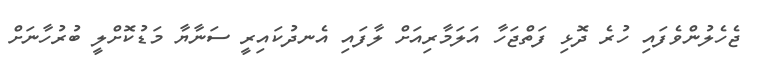
ޖެހެލުންވެފައި ހުރެ ދޮޅި ފަތްޖަހާ އަލަމާރިއަށް ލާފައި އެނދުކައިރީ ސަނާޔާ މަޑުކޮށްލީ ބުރުހާނަށް